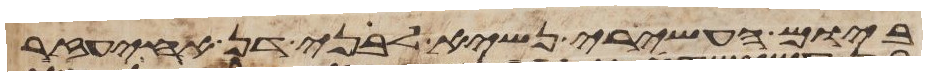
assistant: ביום העשירי נשיא לבני דן אחיעזר